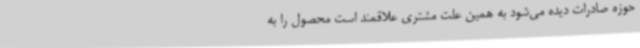
حوزه صادرات دیده می‌شود به همین علت مشتری علاقمند است محصول را به